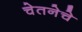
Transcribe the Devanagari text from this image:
चेतनेचे